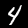
Label: 4